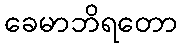
ခေမာဘိရတော